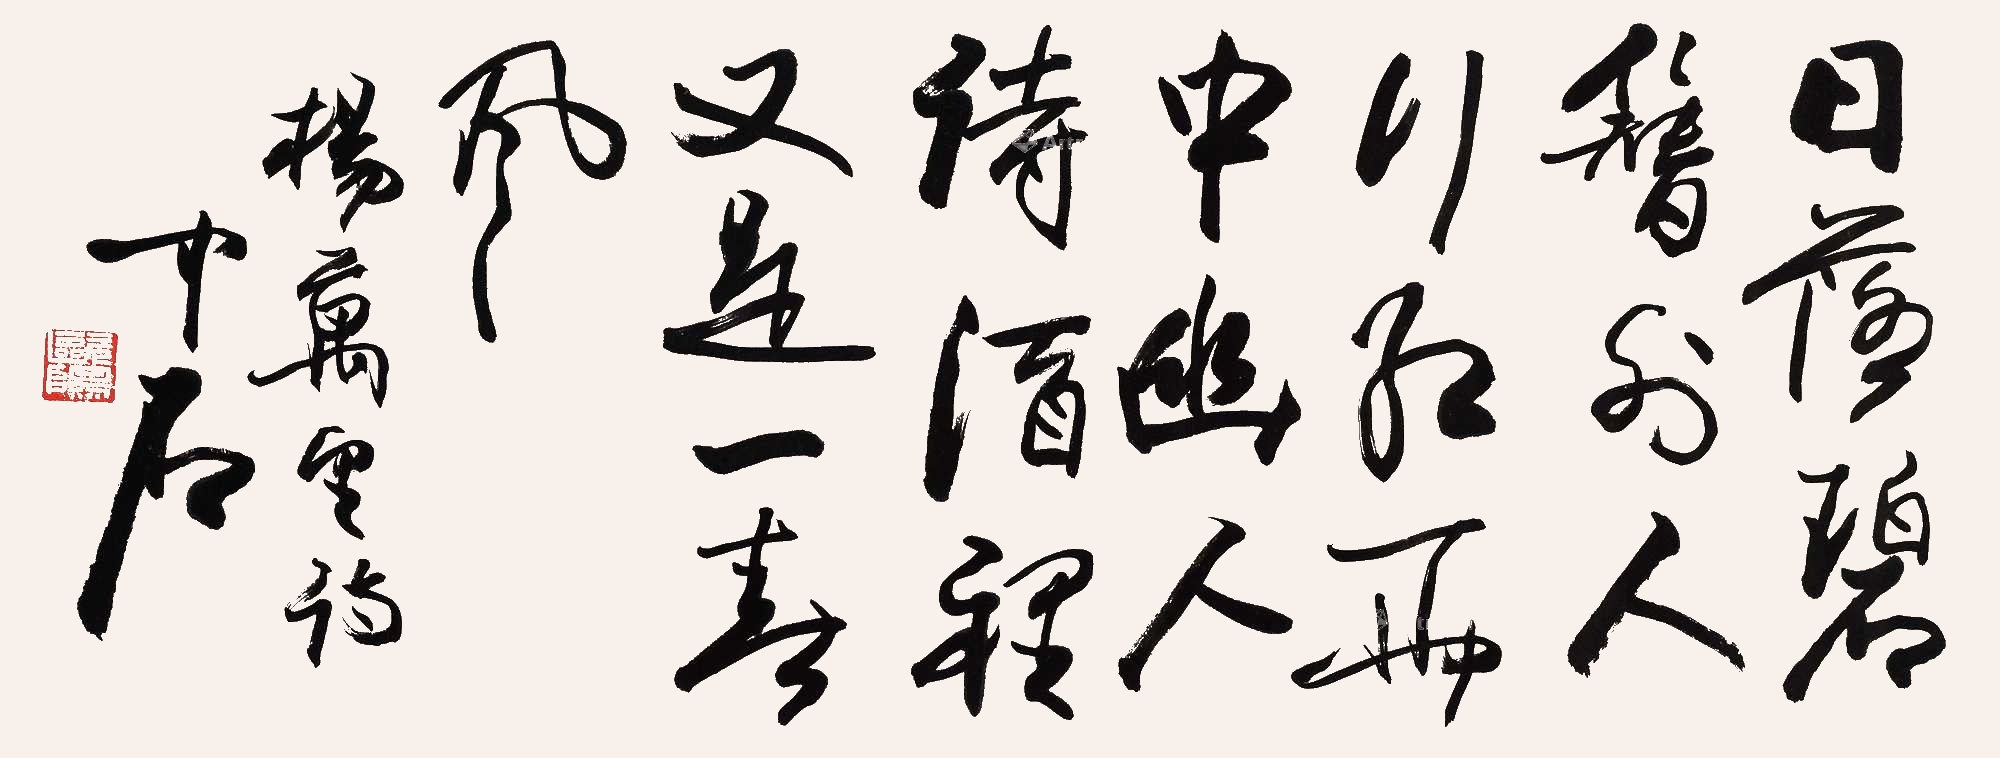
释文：日落碧簪外，人行红雨中。幽人诗酒里，又是一春风。杨万里诗。中石。